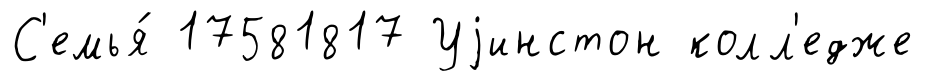
С'емья́ 17581817 Уjинстон колл'едже